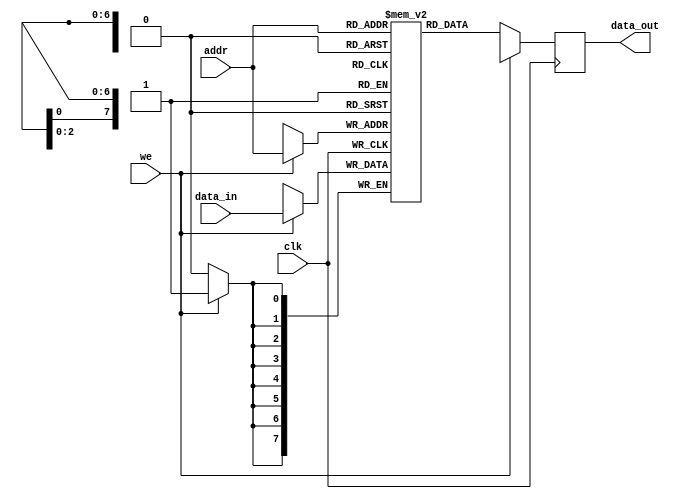
// 88
// 
// addr

// Sync_Async01
// clkaddr
// weaddr

module RAM_sing #(parameter WIDTH = 8, //
                  parameter Sync_Async = 0) //
                 (input [WIDTH-1:0] data_in,    //
                  input [2:0] addr, //8
                  input clk,        //
                  input we,         //
                  output reg [WIDTH-1:0] data_out); //

reg [WIDTH-1:0] mem[0:7]; //0~7

//------------------------------
//
always @(posedge clk) begin
    if (we)
        mem[addr] <= data_in;
end

//------------------------------
//
//Sync_Async
if (Sync_Async == 0) begin
//
//clkaddr
    always @(posedge clk) begin

        data_out <= {(WIDTH-1){1'bx}};
        if (!we)
            data_out <= mem[addr];

    end

end else begin
//
//weaddr
    always @(*) begin

        data_out <= {(WIDTH-1){1'bx}};
        if (!we)
            data_out <= mem[addr];

    end
    
end

endmodule